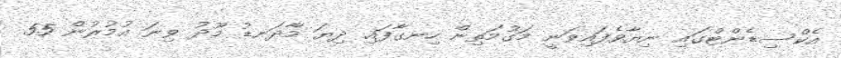
އެކްސިޑެންޓްގައި ނިޔާވެފައިވަނީ މަގުމަތިން ހިނގާފައި ދިޔަ މާދަނޑު މޫދު ވިނަ އުމުރުން 55